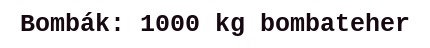
Bombák: 1000 kg bombateher